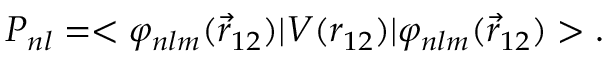
P _ { n l } = < \varphi _ { n l m } ( \vec { r } _ { 1 2 } ) | V ( r _ { 1 2 } ) | \varphi _ { n l m } ( \vec { r } _ { 1 2 } ) > .